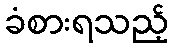
ခံစားရသည့်